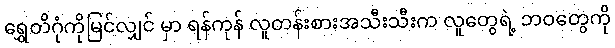
ရွှေတိဂုံကိုမြင်လျှင် မှာ ရန်ကုန် လူတန်းစားအသီးသီးက လူတွေရဲ့ ဘဝတွေကို